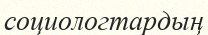
социологтардың